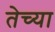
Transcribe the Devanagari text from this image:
तेच्या